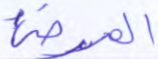
المرضى